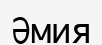
Әмия